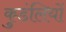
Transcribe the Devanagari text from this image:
कुडंलियों